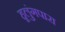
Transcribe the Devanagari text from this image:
हूलुंगपारा